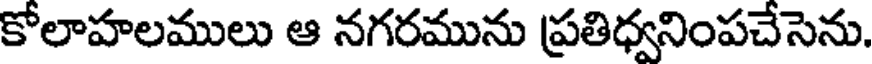
కోలాహలములు ఆ నగరమును ప్రతిధ్వనింపచేసెను.